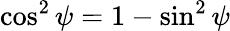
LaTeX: \cos^{2}\psi=1-\sin^{2}\psi